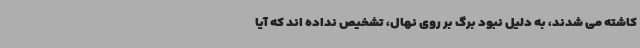
کاشته می شدند، به دلیل نبود برگ بر روی نهال، تشخیص نداده اند که آیا